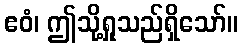
ဧဝံ၊ ဤသို့ရှုသည်ရှိသော်။